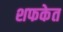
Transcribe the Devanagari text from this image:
शफकेत